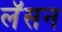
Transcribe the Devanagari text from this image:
लॅसन